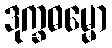
ဒုက္ခဓမ္မော